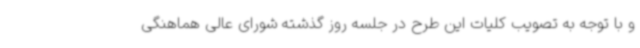
و با توجه به تصویب کلیات این طرح در جلسه روز گذشته شورای عالی هماهنگی